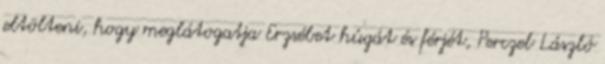
eltölteni, hogy meglátogatja Erzsébet húgát és férjét, Perczel László